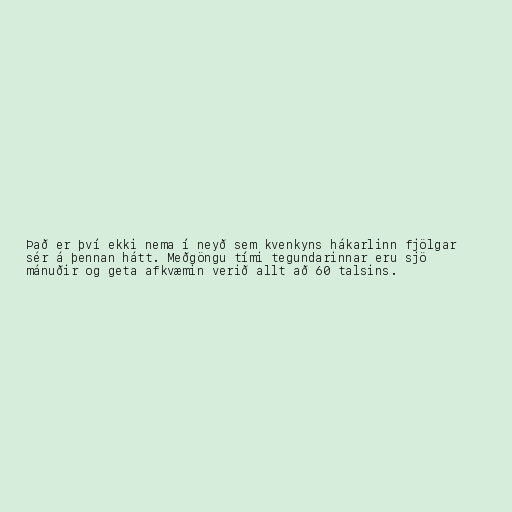
Það er því ekki nema í neyð sem kvenkyns hákarlinn fjölgar
sér á þennan hátt. Meðgöngu tími tegundarinnar eru sjö
mánuðir og geta afkvæmin verið allt að 60 talsins.